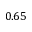
0 . 6 5